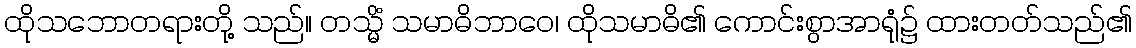
ထိုသဘောတရားတို့ သည်။ တသ္မိံ သမာဓိဘာဝေ၊ ထိုသမာဓိ၏ ကောင်းစွာအာရုံ၌ ထားတတ်သည်၏